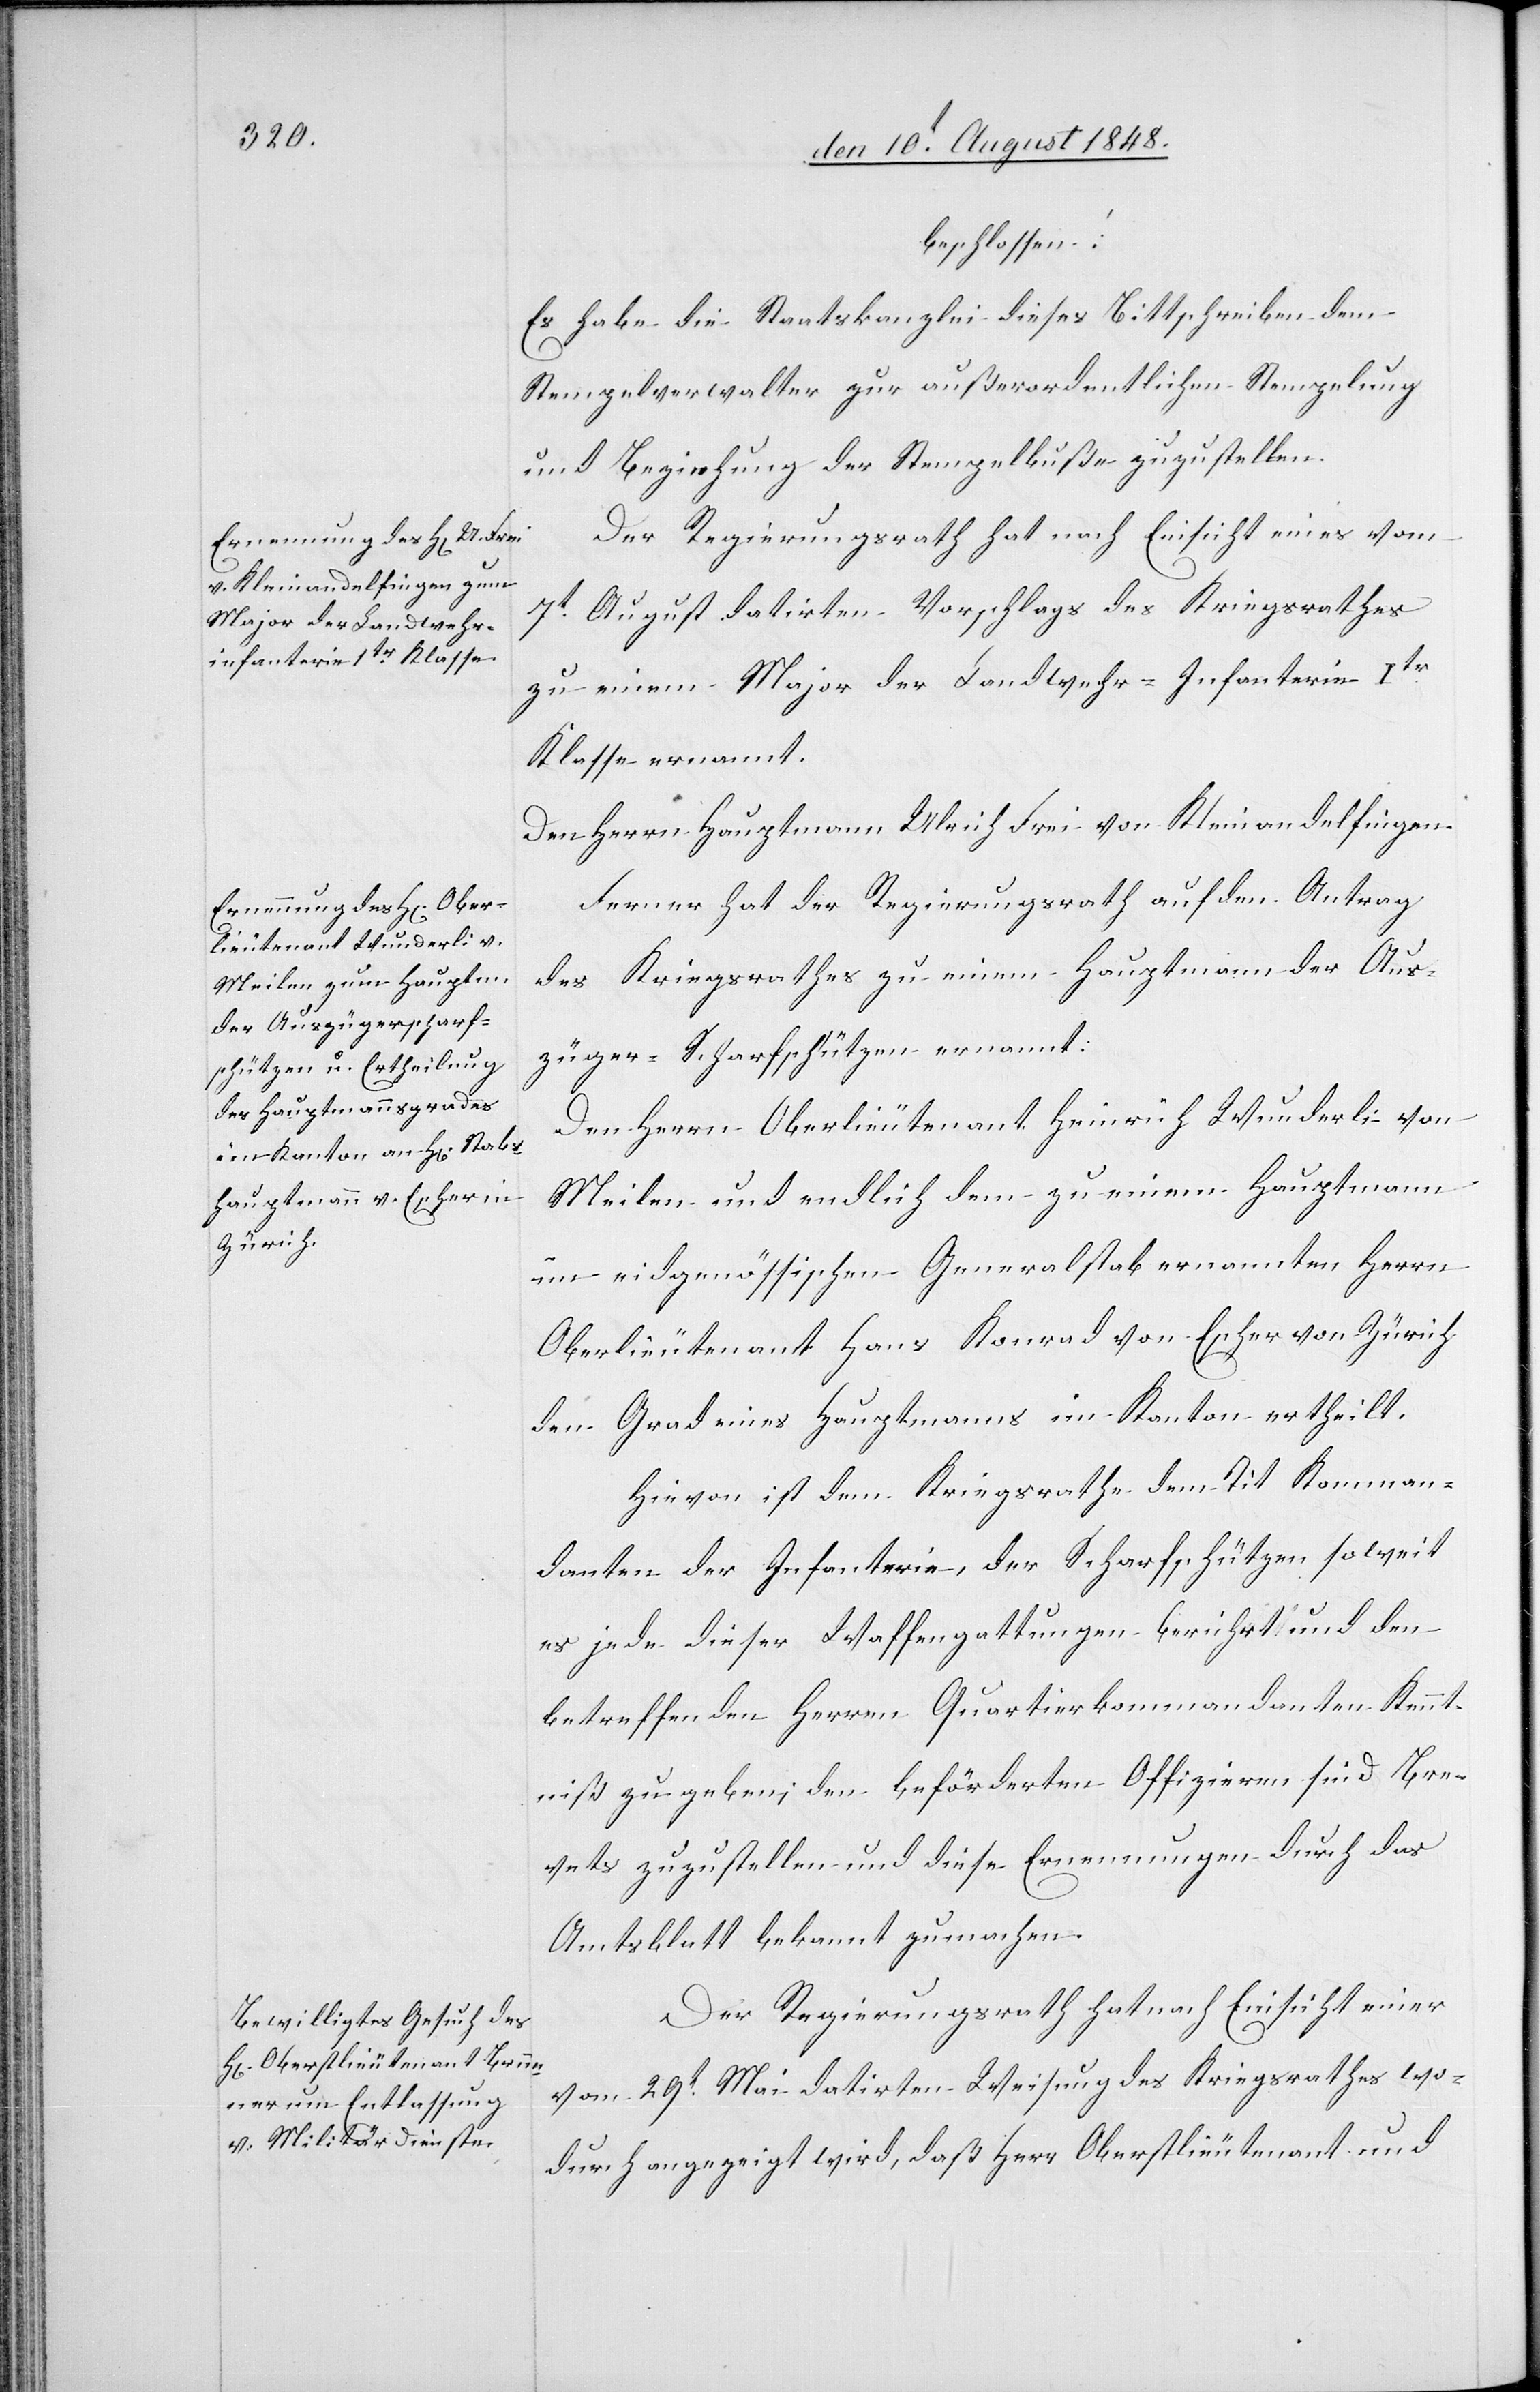
beschlossen:
Es habe die Staatskanzlei dieses Bittschreiben dem
Stempelverwalter zur außerordentlichen Stempelung
und Beziehung der Stempelbuße zuzustellen.
Der Regierungsrath hat nach Einsicht eines vom
7t August datirten Vorschlags des Kriegsrathes
zu einem Major der Landwehr-Infanterie Itr
Klasse ernannt.
Den Herrn Hauptmann Ulrich Frei von Kleinandelfingen.
Ferner hat der Regierungsrath auf den Antrag
des Kriegsrathes zu einem Hauptmann der Aus¬
züger-Scharfschützen ernannt:
Den Herrn Oberlieutenant Heinrich Wunderli von
Meilen und endlich dem zu einem Hauptmann
im eidgenössischen Generalstab ernannten Herrn
Oberlieutenant Hans Konrad von Escher von Zürich
den Grad eines Hauptmanns im Kanton ertheilt.
Hievon ist dem Kriegsrathes dem Tit. Komman¬
danten der Infanterie, der Scharfschützen soweit
es jede dieser Waffengattungen berührt und den
betreffenden Herrn Quartierkommandanten Kennt¬
niß zu geben; den beförderten Offizieren sind Bre¬
vets zuzustellen und diese Ernennungen durch das
Amtsblatt bekannt zu machen.
Der Regierungsrath hat nach Einsicht einer
vom 29t Mai datirten Weisung des Kriegsrathes wo¬
durch angezeigt wird, daß Herr Oberstlieutenant und